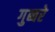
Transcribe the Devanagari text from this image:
गुब्बरे